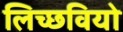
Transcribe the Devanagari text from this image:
लिच्छवियो